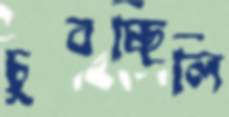
চুবচ্ছিলি